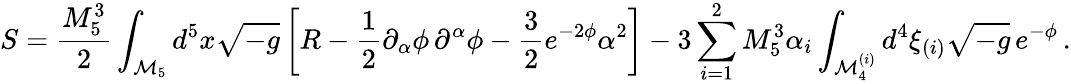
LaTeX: S=\frac{M_{5}^{3}}{2}\int_{{\cal M}_{5}}d^{5}x\sqrt{-g}\left[R-\frac{1}{2}\partial_{\alpha}\phi\, \partial^{\alpha}\phi-\frac{3}{2}e^{-2\phi}\alpha^{2}\right]-3\sum_{i=1}^{2}M_{5}^{3}\alpha_{i}\int_{{\cal M}_{4}^{(i)}}d^{4}\xi_{(i)}\sqrt{-g}\, e^{-\phi}\, .